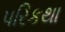
પરિકથા